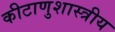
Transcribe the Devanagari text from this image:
कीटाणुशास्त्रीय